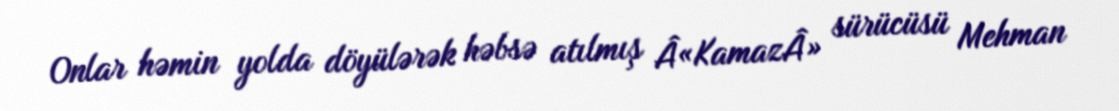
Onlar həmin yolda döyülərək həbsə atılmış Â«KamazÂ» sürücüsü Mehman